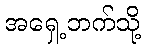
အရှေ့ဘက်သို့